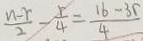
\frac { n - r } { 2 } - \frac { r } { 4 } = \frac { 1 6 - 3 r } { 4 }